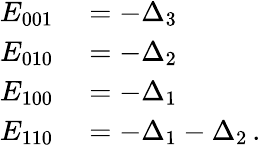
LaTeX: \begin{array}{rl}{E_{001}}&{{}=-\Delta_{3}}\\ {E_{010}}&{{}=-\Delta_{2}}\\ {E_{100}}&{{}=-\Delta_{1}}\\ {E_{110}}&{{}=-\Delta_{1}-\Delta_{2}\, .}\end{array}